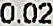
0.02